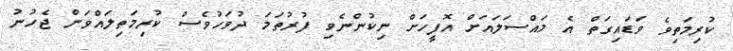
ކުރިމަތިވެ ވަޑައިގަތް އެ މައްސަލައަށް އޮފީހަށް ނިކުންނެވި ފުރުތަމަ ދުވަހުވެސް ކުރިމަތިލައްވަން ޖެހުނު